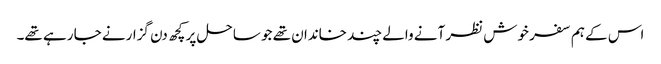
اس کے ہم سفر خوش نظر آنے والے چند خاندان تھے جو ساحل پر کچھ دن گزارنے جا رہے تھے۔